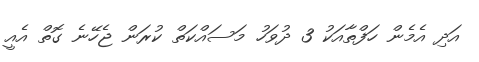
އަދި އެމެން ހަފްތާއަކު 3 ދުވަހު މަސައްކަތް ކުރަން ޖެހޭނެ ގޮތް އެއީ